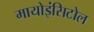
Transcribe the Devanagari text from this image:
मायोइंसिटोल